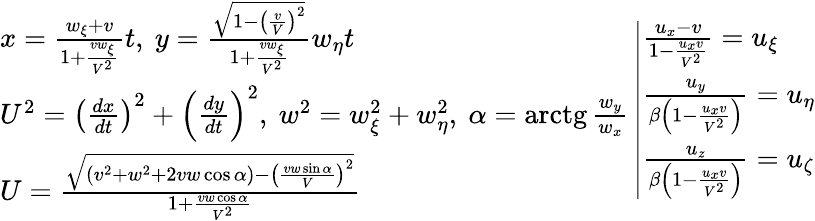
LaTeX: {\begin{array}{l}{x={\frac{w_{\xi}+v}{1+{\frac{vw_{\xi}}{V^{2}}}}}t,\ y={\frac{\sqrt{1-\left({\frac{v}{V}}\right)^{2}}}{1+{\frac{vw_{\xi}}{V^{2}}}}}w_{\eta}t}\\ {U^{2}=\left({\frac{dx}{dt}}\right)^{2}+\left({\frac{dy}{dt}}\right)^{2},\ w^{2}=w_{\xi}^{2}+w_{\eta}^{2},\ \alpha=\operatorname{arctg}{\frac{w_{y}}{w_{x}}}}\\ {U={\frac{\sqrt{\left(v^{2}+w^{2}+2vw\cos\alpha\right)-\left({\frac{vw\sin\alpha}{V}}\right)^{2}}}{1+{\frac{vw\cos\alpha}{V^{2}}}}}}\end{array}}\left|{\begin{array}{l}{{\frac{u_{x}-v}{1-{\frac{u_{x}v}{V^{2}}}}}=u_{\xi}}\\ {{\frac{u_{y}}{\beta\left(1-{\frac{u_{x}v}{V^{2}}}\right)}}=u_{\eta}}\\ {{\frac{u_{z}}{\beta\left(1-{\frac{u_{x}v}{V^{2}}}\right)}}=u_{\zeta}}\end{array}}\right.